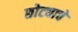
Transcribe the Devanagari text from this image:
छोट्याचे